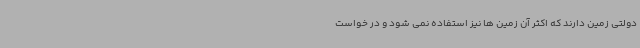
دولتی زمین دارند که اکثر آن زمین ها نیز استفاده نمی شود و در خواست